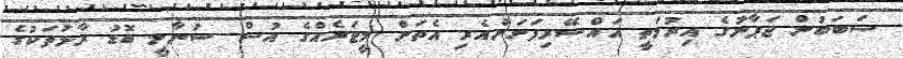
ސަބަބުން ޖަޕާނުގެ އިރުމަތީ އައްސޭރިފަށަށްއެރި އެތަށް މީޓަރެއްގެ އުސް ސުނާމީ ބޮޑު ރާޅުތަކުގެ